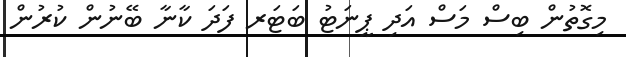
މިގޮތުން ބިސް މަސް އަދި ޕީނަޓު ބަޓަރ ފަދަ ކާނާ ބޭނުން ކުރުން